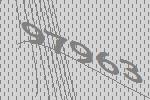
97963